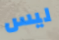
ليس